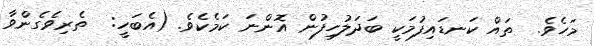
މަހެވެ.  ތައް ކަނޑައިފުމަކީ ބަދަލުހިފުން އޮންނަ ކަމެކެވެ. (އެބަހީ:  ތެރިވެގެންވާ